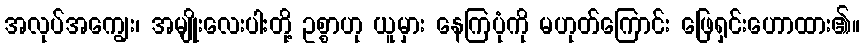
အလုပ်အကျွေး၊ အမျိုးလေးပါးတို့ ဥစ္စာဟု ယူမှား နေကြပုံကို မဟုတ်ကြောင်း ဖြေရှင်းဟောထား၏။